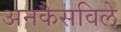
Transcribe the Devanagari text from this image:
अनकैसविले